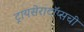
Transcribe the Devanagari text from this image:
ट्रायसेराटॉप्सची